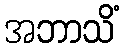
အဘာသိံ